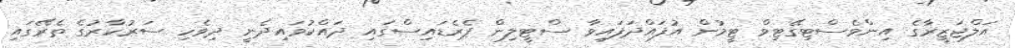
އަލްޖަޒީރާގެ އިންވެސްޓިގޭޓިވް ޓީމުން އުފައްދަފައިވާ ސްޓީލިން ޕެރެޑައިސްގައި ދައްކުވައިދެނީ ދިވެހި ސަރުކާރުގެ ތެރޭގައި